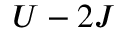
U - 2 J